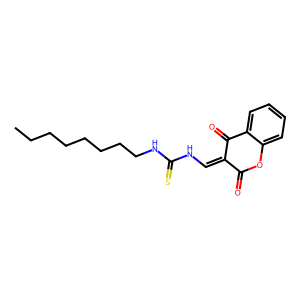
SMILES: CCCCCCCCNC(=S)NC=C1C(=O)Oc2ccccc2C1=O
Inhibits HIV replication: No